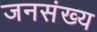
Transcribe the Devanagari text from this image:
जनसंख्य